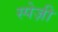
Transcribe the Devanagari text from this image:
स्पेज़ी